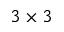
3 \times 3